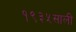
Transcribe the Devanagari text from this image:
१९३५साली